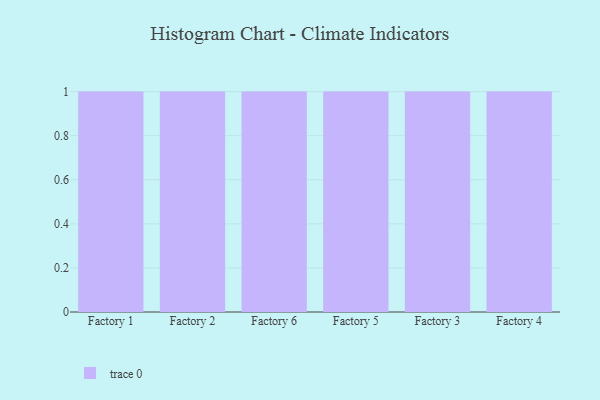
{"axis": {"x": "Factory", "y": "Inventory Turnover"}, "legend": [""], "data": [{"x": "Factory 1", "y": 6, "type": ""}, {"x": "Factory 2", "y": 86, "type": ""}, {"x": "Factory 6", "y": 67, "type": ""}, {"x": "Factory 5", "y": 16, "type": ""}, {"x": "Factory 3", "y": 52, "type": ""}, {"x": "Factory 4", "y": 33, "type": ""}]}